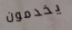
يخدمون